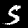
Digit: 5